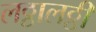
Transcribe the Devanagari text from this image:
लठ्ठालठ्ठी